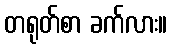
တရုတ်စာ ခက်လား။